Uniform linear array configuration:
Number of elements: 12
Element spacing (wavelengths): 0.75
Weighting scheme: uniform
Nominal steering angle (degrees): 60
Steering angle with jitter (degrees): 60.852
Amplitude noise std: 0.05
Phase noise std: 0.05

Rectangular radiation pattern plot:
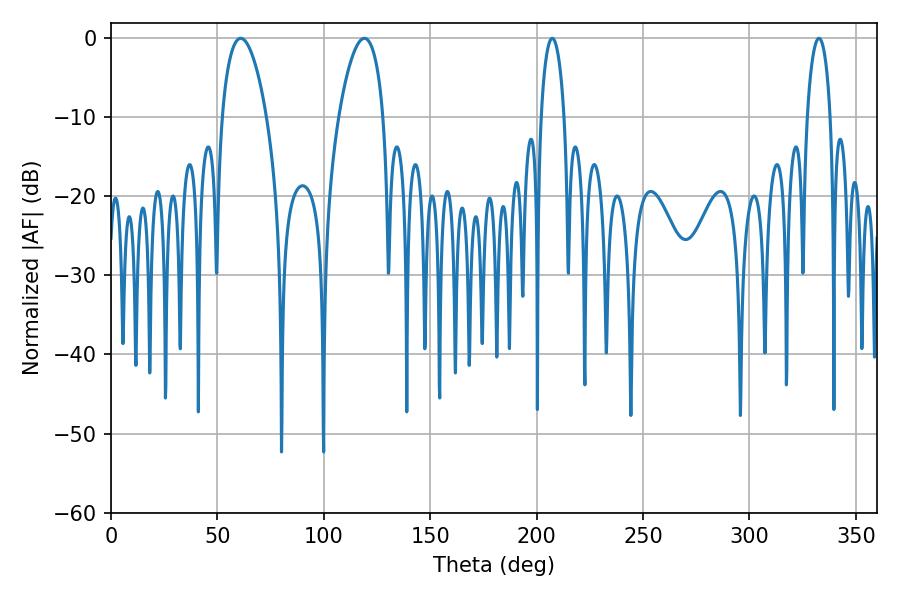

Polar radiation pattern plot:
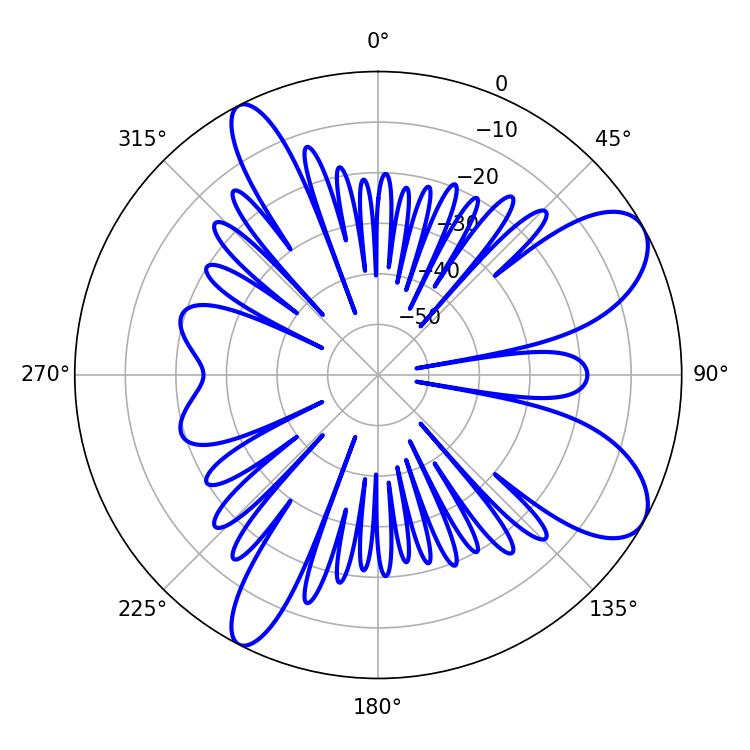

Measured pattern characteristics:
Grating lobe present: TRUE
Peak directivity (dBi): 8.698
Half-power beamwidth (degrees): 6.12
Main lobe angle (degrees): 207.36